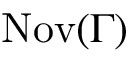
\operatorname { N o v } ( \Gamma )